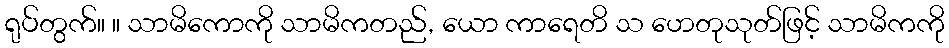
ရုပ်တွက်။ ။ သာမိကောကို သာမိကတည်, ယော ကာရေတိ သ ဟေတုသုတ်ဖြင့် သာမိကကို